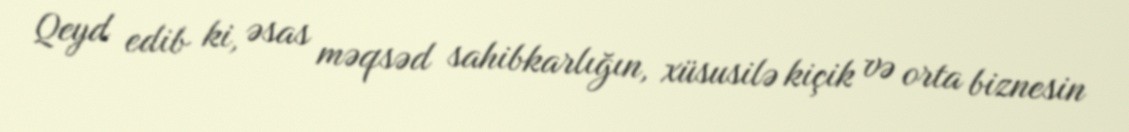
Qeyd edib ki, əsas məqsəd sahibkarlığın, xüsusilə kiçik və orta biznesin